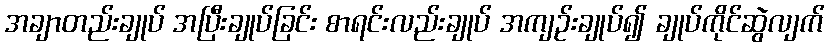
အချာတည်းချုပ် အပြီးချုပ်ခြင်း စာရင်းလည်းချုပ် အကျဉ်းချုပ်၍ ချုပ်ကိုင်ဆွဲလျက်